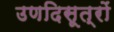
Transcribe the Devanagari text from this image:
उणदिसूत्रों